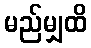
မည်မျှထိ